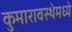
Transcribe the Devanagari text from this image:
कुमारावस्थेमध्ये